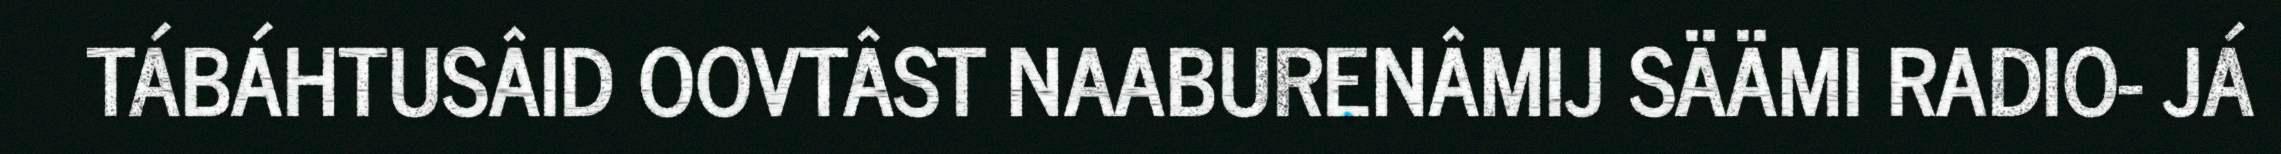
TÁBÁHTUSÂID OOVTÂST NAABURENÂMIJ SÄÄMI RADIO- JÁ